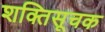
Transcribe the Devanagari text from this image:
शक्तिसूचक